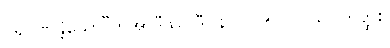
ပရိဂဏှန္တိယော”တိအာဒီသု (ဒီ။ နိ။ ၂။၁၅၂) ဝိယ။ ကတ္ထစိ